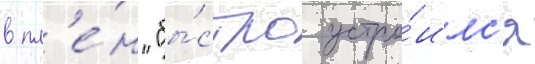
в пл'е́н "бы́стро устро́илс'я